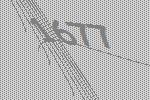
1677